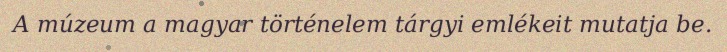
A múzeum a magyar történelem tárgyi emlékeit mutatja be.